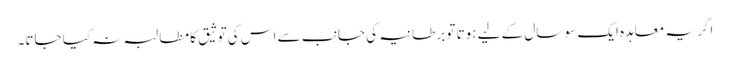
اگر یہ معاہدہ ایک سو سال کے لیے ہوتا تو برطانیہ کی جانب سے اس کی توثیق کا مطالبہ نہ کیا جاتا۔